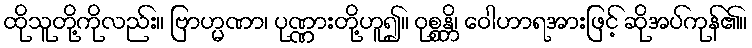
ထိုသူတို့ကိုလည်း။ ဗြာဟ္မဏာ၊ ပုဏ္ဏားတို့ဟူ၍။ ဝုစ္စန္တိ၊ ဝေါဟာရအားဖြင့် ဆိုအပ်ကုန်၏။